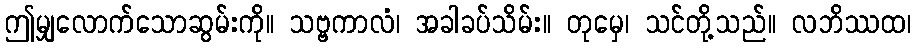
ဤမျှလောက်သောဆွမ်းကို။ သဗ္ဗကာလံ၊ အခါခပ်သိမ်း။ တုမှေ၊ သင်တို့သည်။ လဘိဿထ၊